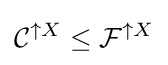
{\mathcal {C}}^{\uparrow X}\leq {\mathcal {F}}^{\uparrow X}